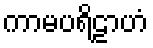
ကာမပရိဠာဟံ